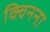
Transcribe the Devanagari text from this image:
क्विनना